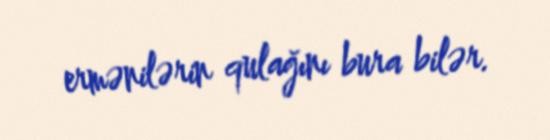
ermənilərin qulağını bura bilər.